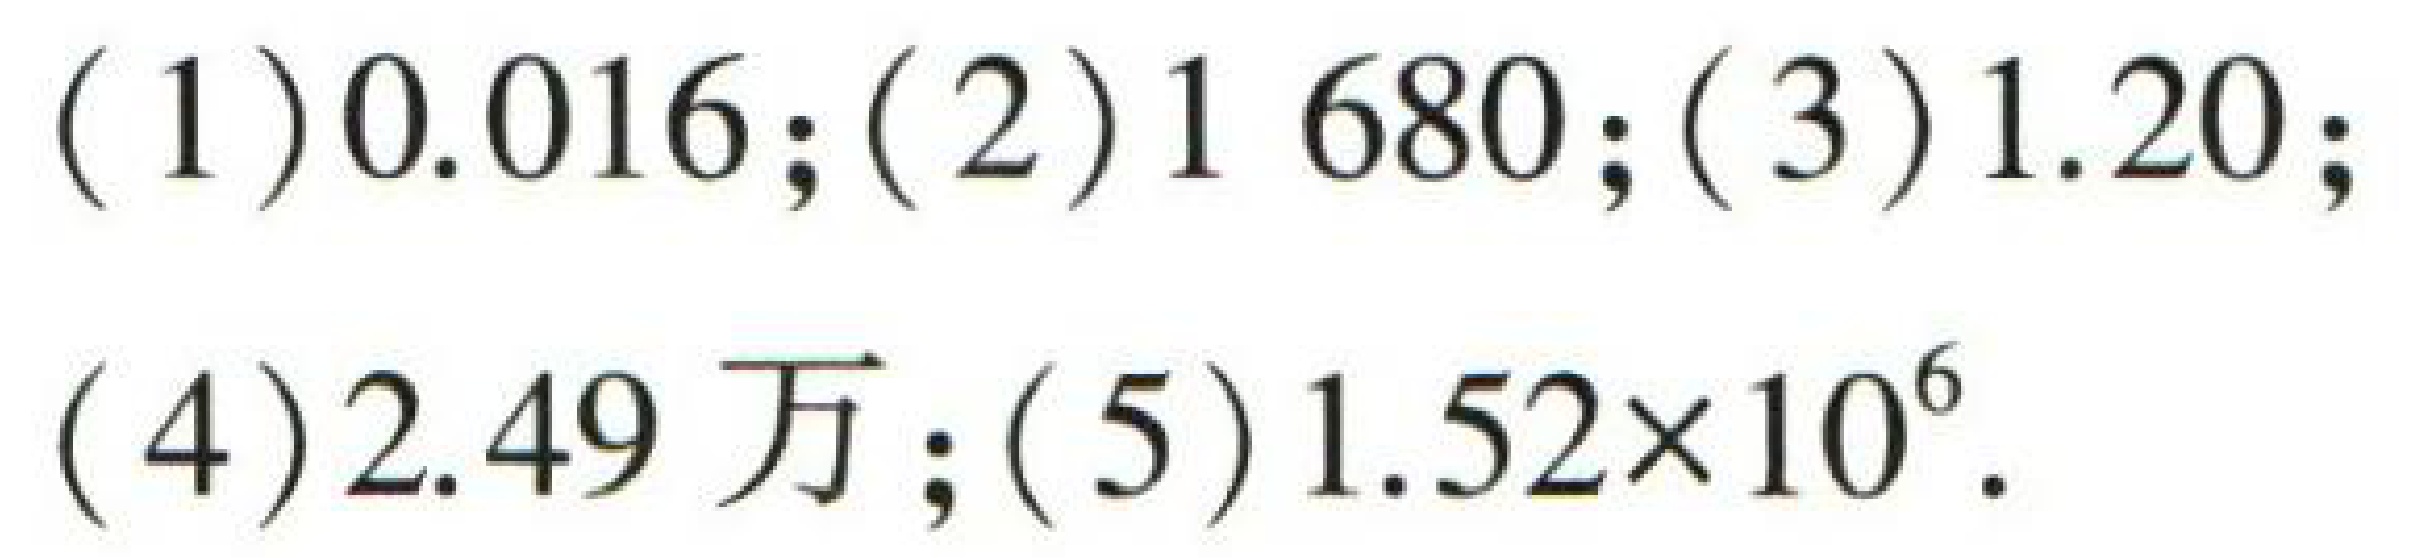
(1) \(0.016\); (2) \(1680\); (3) \(1.20\); (4) \(2.49\)万; (5) \(1.52\times10^{6}\)